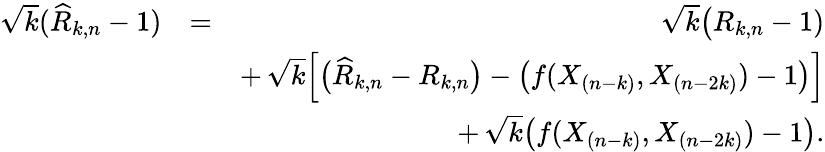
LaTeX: \begin{array}{rlr}{\sqrt{k}(\widehat{R}_{k,n}-1)}&{=}&{\sqrt{k}\big({R}_{k,n}-1)}\\ &{}&{+\, \sqrt{k}\Big[\big(\widehat{R}_{k,n}-R_{k,n}\big)-\big(f(X_{(n-k)},X_{(n-2k)})-1\big)\Big]}\\ &{}&{+\, \sqrt{k}\big(f(X_{(n-k)},X_{(n-2k)})-1\big).}\end{array}